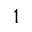
^ 1